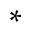
^ *